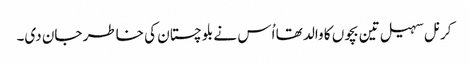
کرنل سہیل تین بچوں کا والد تھا اُس نے بلوچستان کی خاطر جان دی۔